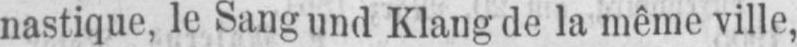
nastique, le Sang und Klang de la même ville,